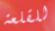
للقلعة